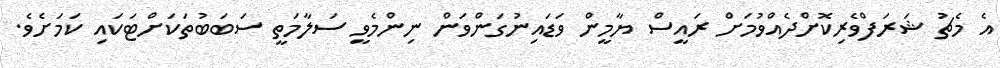
އެ މެޗު ޝަރަފްވެރިކޮށްދެއްވުމަށް ރައީސް ޔާމީން ވަޑައިނުގަންވަން ނިންމެވީ ސަލާމަތީ ސަބަބުތަކަށްޓަކައި ކަމަށެވެ.